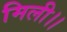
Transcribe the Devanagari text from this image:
मिली।।